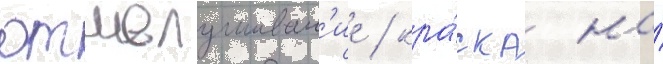
отшелушиван'ие / кра́ска на́